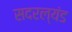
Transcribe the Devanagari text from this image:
सदरल्यंड